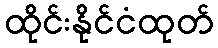
ထိုင်းနိုင်ငံထုတ်